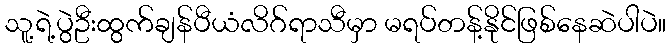
သူ့ရဲ့ပွဲဦးထွက်ချန်ပီယံလိဂ်ရာသီမှာ မရပ်တန့်နိုင်ဖြစ်နေဆဲပါပဲ။